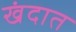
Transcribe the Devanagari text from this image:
खंदात